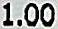
1.00